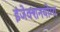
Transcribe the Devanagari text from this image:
इंजेक्शनयोग्य